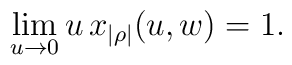
\lim_{u\rightarrow 0}u\,x_{|\rho|}(u,w)=1.